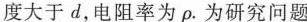
度大于d，电阻率为ρ。为研究问题